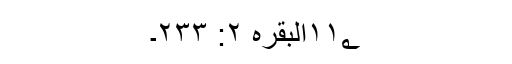
۱۱؂البقرہ ۲: ۲۳۳۔